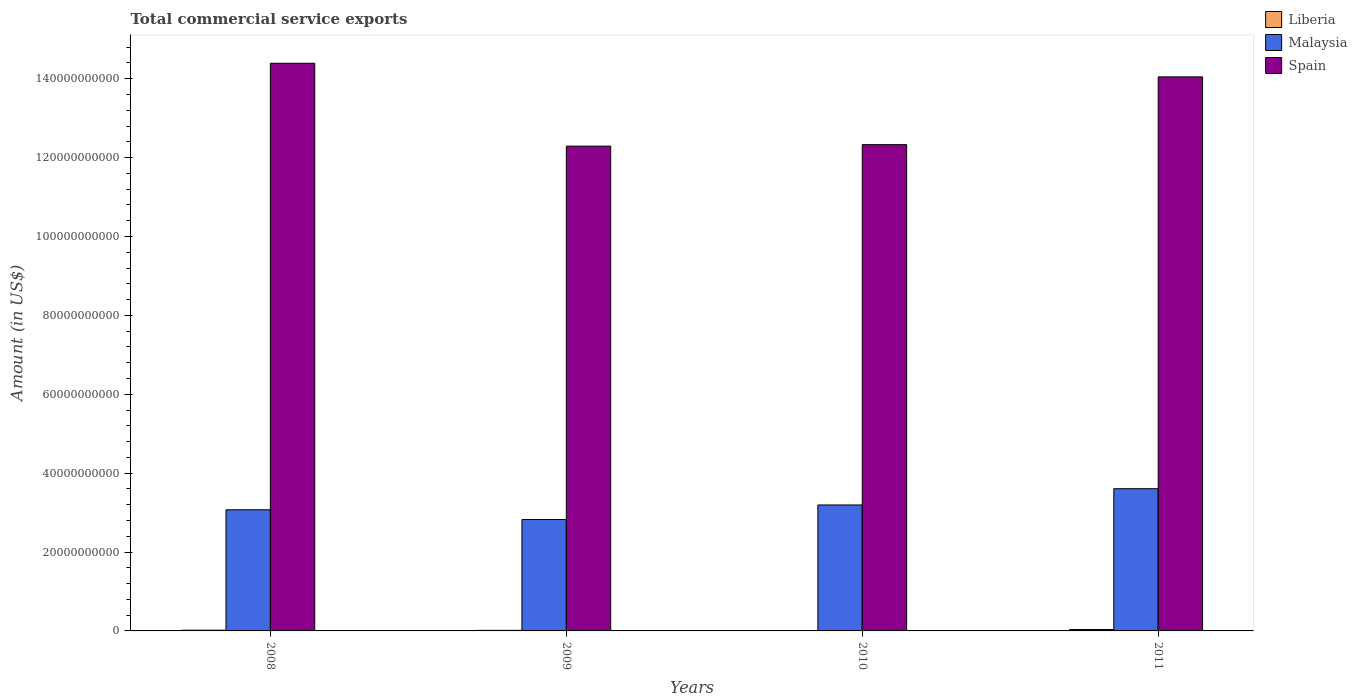
| Years | Liberia | Malaysia | Spain |
 | --- | --- | --- | --- |
 | 2008 | 1.82e+08 | 3.07e+10 | 1.44e+11 |
 | 2009 | 1.42e+08 | 2.82e+10 | 1.23e+11 |
 | 2010 | 3.98e+07 | 3.19e+10 | 1.23e+11 |
 | 2011 | 3.65e+08 | 3.61e+10 | 1.4e+11 |